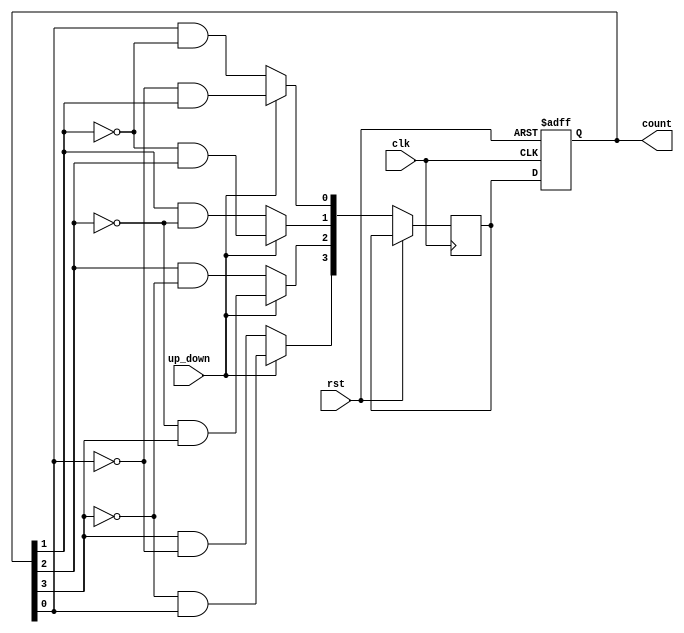
module gray_counter (
    input wire clk,           // clock input
    input wire rst,           // reset input
    input wire up_down,       // control signal: '1' for up, '0' for down
    output reg [3:0] count    // 4-bit gray code counter output
);

reg [3:0] next_count;

always @ (posedge clk or posedge rst) begin
    if (rst) begin
        count <= 4'b0000;
    end else begin
        if (up_down) begin
            next_count[0] <= ~count[0] & count[1];
            next_count[1] <= ~count[1] & count[2];
            next_count[2] <= ~count[2] & count[3];
            next_count[3] <= ~count[3] & count[0];
        end else begin
            next_count[0] <= count[0] & ~count[1];
            next_count[1] <= count[1] & ~count[2];
            next_count[2] <= count[2] & ~count[3];
            next_count[3] <= count[3] & ~count[0];
        end
        count <= next_count;
    end
end

endmodule